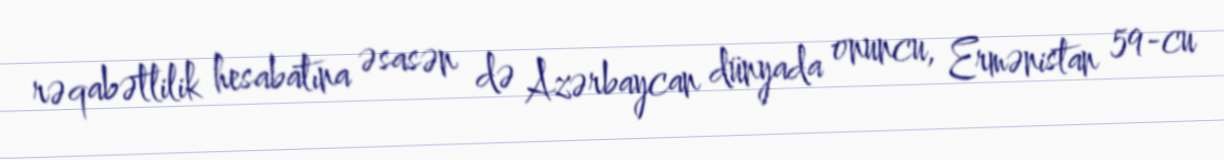
rəqabətlilik hesabatına əsasən də Azərbaycan dünyada onuncu, Ermənistan 59-cu